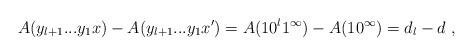
LaTeX: \begin{align*}A(y_{l+1}...y_1x) - A(y_{l+1}...y_1x') = A(10^l 1^\infty) - A(1 0^\infty) = d_l - d \ ,\end{align*}